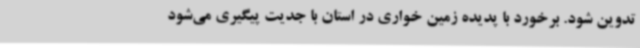
تدوین شود. برخورد با پدیده زمین خواری در استان با جدیت پیگیری می‌شود